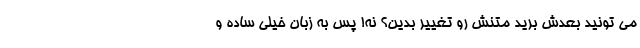
می تونید بعدش برید متنش رو تغییر بدین؟ نه! پس به زبان خیلی ساده و